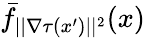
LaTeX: \bar{f}_{||\nabla\tau(x^{\prime})||^{2}}(x)